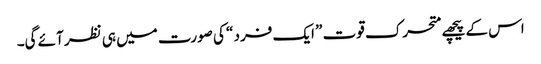
اس کے پیچھے متحرک قوت ” ایک فرد “ کی صورت میں ہی نظر آئے گی۔